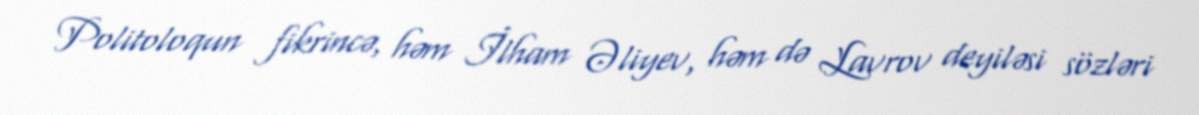
Politoloqun fikrincə, həm İlham Əliyev, həm də Lavrov deyiləsi sözləri